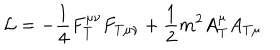
{ \cal L } = - \frac 1 4 F _ { T } ^ { \mu \nu } F _ { T \mu \nu } + \frac 1 2 m ^ { 2 } A _ { T } ^ { \mu } A _ { T \mu }